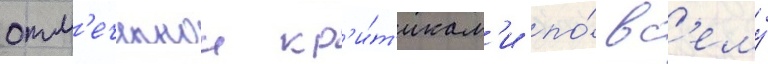
отм'еченнои кр'и́т'икам'и по́ вс'ему́